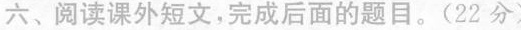
六、阅读课外短文，完成后面的题目。